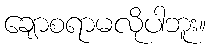
ချောစရာမလိုပါဘူး။